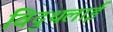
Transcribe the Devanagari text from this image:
विदुथलाई